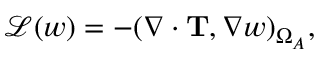
\mathcal { L } ( w ) = - ( \nabla \cdot \mathbf { T } , \nabla w ) _ { \Omega _ { A } } ,